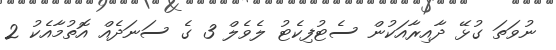
ނުވަތަ ގުޅޭ ދާއިރާއަކުން ސެޓުފިކެޓު ލެވެލް 3 ގެ ސަނަދެއް އޮތުމާއެކު 2